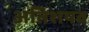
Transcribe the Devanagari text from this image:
अतिशयव